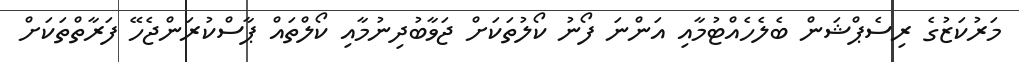
މަރުކަޒުގެ ރިސެޕްޝަން ބެލެހެއްޓުމާއި އަންނަ ފޯނު ކޯލުތަކަށް ޖަވާބުދިނުމާއި ކޯލްތައް ޕާސްކުރަންޖެހޭ ފަރާތްތަކަށް